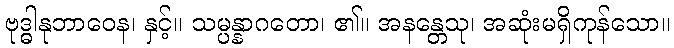
ဗုဒ္ဓါနုဘာဝေန၊ နှင့်။ သမ္ပန္နာဂတော၊ ၏။ အနန္တေသု၊ အဆုံးမရှိကုန်သော။